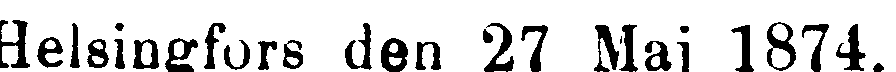
Helsingfors den 27 Maj 1874.